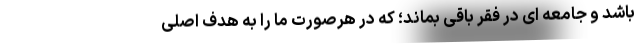
باشد و جامعه ای در فقر باقی بماند؛ که در هرصورت ما را به هدف اصلی